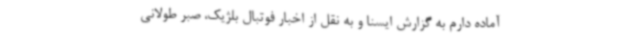
آماده دارم به گزارش ایسنا و به نقل از اخبار فوتبال بلژیک، صبر طولانی